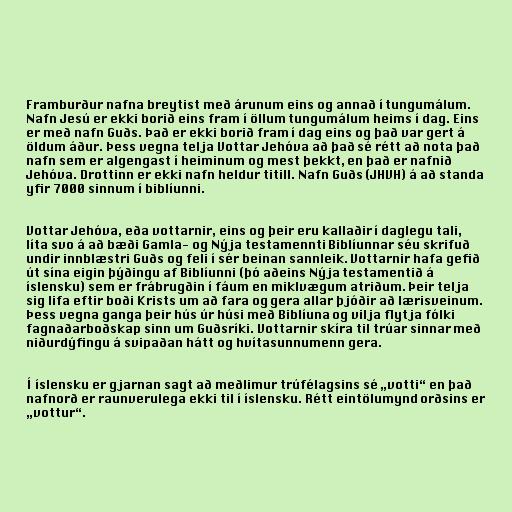
Framburður nafna breytist með árunum eins og annað í tungumálum.
Nafn Jesú er ekki borið eins fram í öllum tungumálum heims í dag. Eins
er með nafn Guðs. Það er ekki borið fram í dag eins og það var gert á
öldum áður. Þess vegna telja Vottar Jehóva að það sé rétt að nota það
nafn sem er algengast í heiminum og mest þekkt, en það er nafnið
Jehóva. Drottinn er ekki nafn heldur titill. Nafn Guðs (JHVH) á að standa
yfir 7000 sinnum í biblíunni.

Vottar Jehóva, eða vottarnir, eins og þeir eru kallaðir í daglegu tali,
líta svo á að bæði Gamla- og Nýja testamennti Biblíunnar séu skrifuð
undir innblæstri Guðs og feli í sér beinan sannleik. Vottarnir hafa gefið
út sína eigin þýðingu af Biblíunni (þó aðeins Nýja testamentið á
íslensku) sem er frábrugðin í fáum en miklvægum atriðum. Þeir telja
sig lifa eftir boði Krists um að fara og gera allar þjóðir að lærisveinum.
Þess vegna ganga þeir hús úr húsi með Biblíuna og vilja flytja fólki
fagnaðarboðskap sinn um Guðsríki. Vottarnir skíra til trúar sinnar með
niðurdýfingu á svipaðan hátt og hvítasunnumenn gera.

Í íslensku er gjarnan sagt að meðlimur trúfélagsins sé „votti“ en það
nafnorð er raunverulega ekki til í íslensku. Rétt eintölumynd orðsins er
„vottur“.